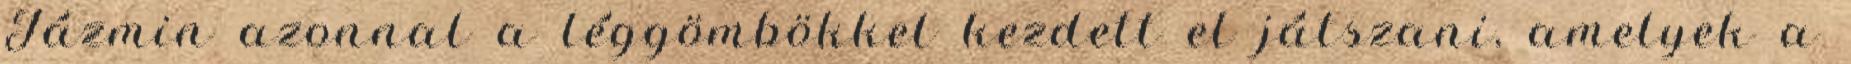
Jázmin azonnal a léggömbökkel kezdett el játszani, amelyek a